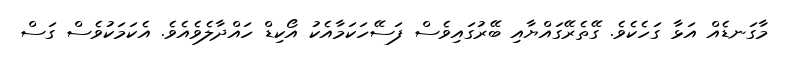
މާގަނޑެއް އަޅާ ގަހެކެވެ. ގޭތެރޭގައްޔާއި ބޭރުގައިވެސް ފަސޭހަކަމާއެކު އޯކިޑް ހައްދާލެވެއެވެ. އެކަމަކުވެސް ގަސް